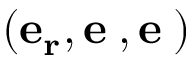
( \mathbf { e _ { r } , e _ { \theta } , e _ { \varphi } } )